Report on vaccination in Madras 1877-1894 - 1877-1894
Year: 1877
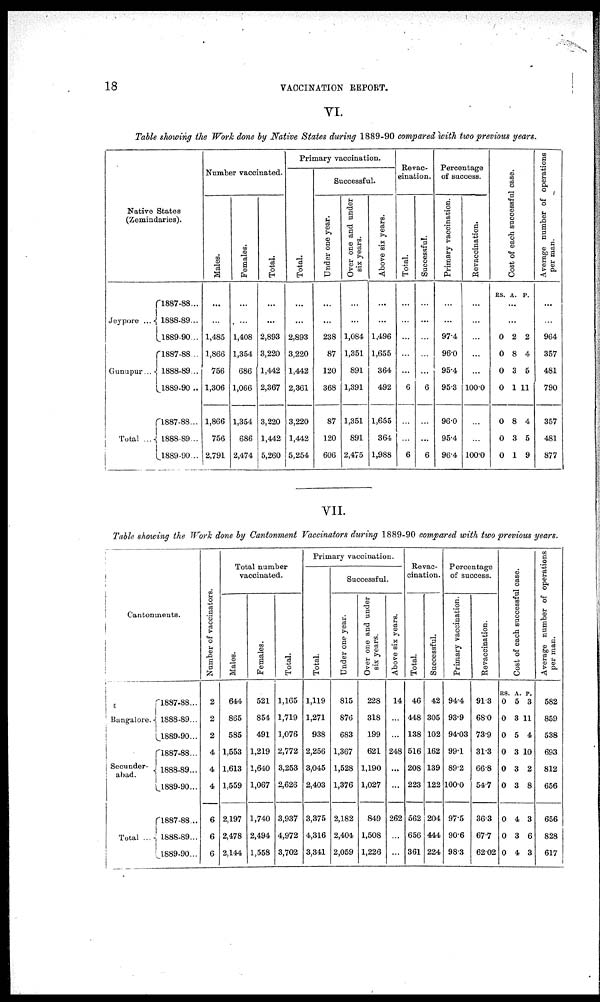
18
VACCINATION REPORT.
VI.
Table showing the Work done by Native States during 1889-90 compared with two previous years.
Native States
(Zemindaries).
Jeypore ...
Gunupur...
Total ...
1887-88...
1888-89...
1889-90...
1887-88...
1888-89...
1889-90...
1887-88...
1888-89...
1889-90...
Number vaccinated.
Males.
...
...
1,485
1,866
756
1,306
1,866
756
2,791
Females.
...
...
1,408
1,354
686
1,066
1,354
686
2,474
Total.
...
...
2,893
3,220
1,442
2,367
3,220
1,442
5,260
Primary vaccination.
Total.
...
...
2,893
3,220
1,442
2,361
3,220
1,442
5,254
Successful.
Under one year.
...
...
238
87
120
368
87
120
606
Over one and under
six years.
...
...
1,084
1,351
891
1,391
1,351
891
2,475
Above six years.
...
...
1,496
1,655
364
492
1,655
364
1,988
Revac¬
cination.
Total.
...
...
...
...
...
6
...
...
6
Successful.
...
...
...
...
...
6
...
...
6
Percentage
of success.
Primary vaccination.
...
...
97.4
96.0
95.4
95.3
96.0
95.4
96.4
Revaccination.
...
...
...
...
...
100.0
...
...
100.0
Cost of each successful case.
RS. A. P.
...
...
0
0
0
0
0
0
0
2
8
3
1
8
3
1
2
4
5
11
4
5
9
Average number of operations
per man.
...
...
964
357
481
790
357
481
877
VII.
Table showing the Work done by Cantonment Vaccinators during 1889-90 compared with two previous years.
Cantonments.
Bangalore.
Secunder¬
abad.
Total ...
1887-88...
1888-89...
1889-90...
1887-88...
1888-89...
1889-90...
1887-88...
1888-89...
1889-90...
Number of vaccinators.
2
2
2
4
4
4
6
6
6
Total number
vaccinated.
Males.
644
865
585
1,553
1,613
1,559
2,197
2,478
2,144
Females.
521
854
491
1,219
1,640
1,067
1,740
2,494
1,558
Total.
1,165
1,719
1,076
2,772
3,253
2,626
3,937
4,972
3,702
Primary vaccination.
Tot al .
1,119
1,271
938
2,256
3,045
2,403
3,375
4,316
3,341
Successful.
Under one year.
815
876
683
1,367
1,528
1,376
2,182
2,404
2,059
Over one and under
six years.
228
318
199
621
1,190
1,027
849
1,508
1,226
Above six years.
14
...
...
248
...
...
262
...
...
Revac-
cination.
Total
46
448
138
516
208
223
562
656
361
Successful.
42
305
102
162
139
122
204
444
224
Percentage
of success.
Primary vaccination.
94.4
93.9
94.03
99.1
89.2
100.0
97.5
90.6
98.3
Revaccination.
91.3
68.0
73.9
31.3
66.8
54.7
36.3
67.7
62.02
Cost of each successful case.
RS.
0
0
0
0
0
0
0
0
0
A.
5
3
5
3
3
3
4
3
4
P.
3
11
4
10
2
8
3
6
3
Average number of operations
per man.
582
859
538
693
812
656
656
828
617